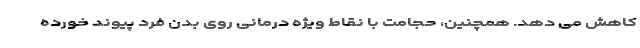
کاهش می دهد. همچنین، حجامت با نقاط ویژه درمانی روی بدن فرد پیوند خورده